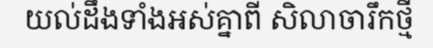
យល់ដឹងទាំងអស់គ្នាពី សិលាចារឹកថ្មី